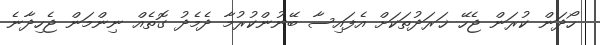
ހޯދަން ކުރަން ޖެހޭ ޚަރަދުތަކަށް އެފައިސާ ބޭނުންކުރުމާ ދެމެދު ގޮތެއް ނިންމަން ޖެހިދާނެ